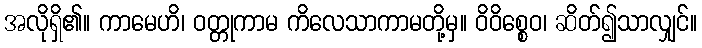
အလိုရှိ၏။ ကာမေဟိ၊ ဝတ္တုကာမ ကိလေသာကာမတို့မှ။ ဝိဝိစ္စေဝ၊ ဆိတ်၍သာလျှင်။